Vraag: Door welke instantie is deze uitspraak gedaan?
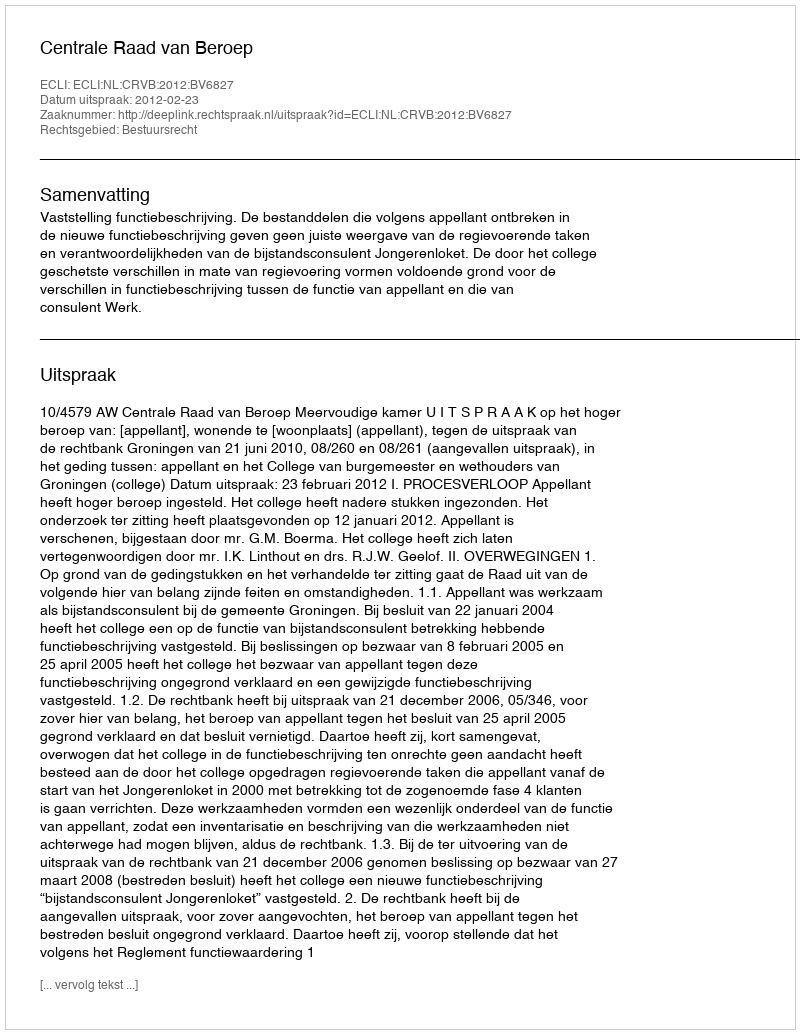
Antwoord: Centrale Raad van Beroep